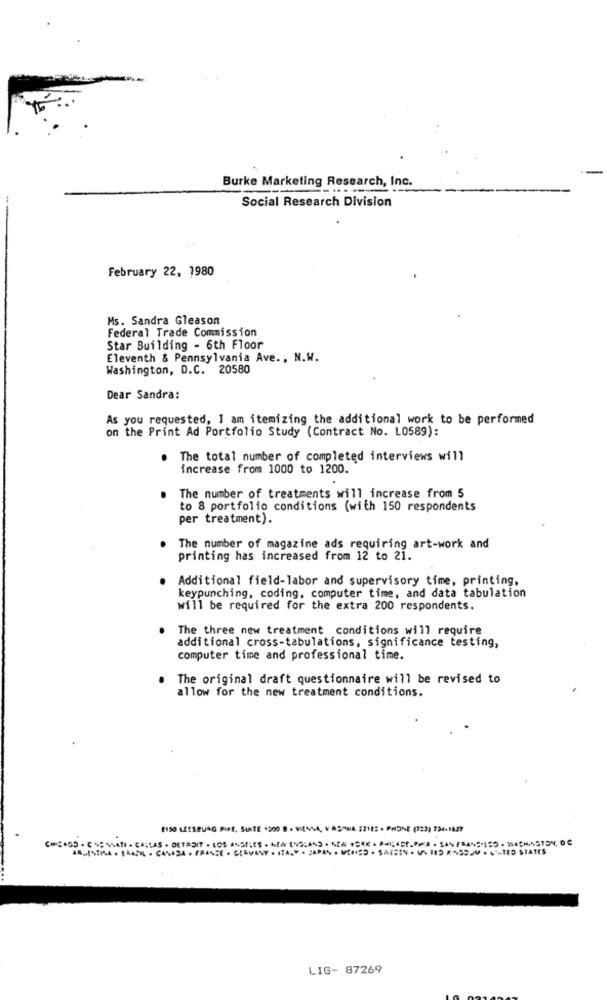
Burke Marketing Research, Inc.
Social Research Division
February 22, 1980
Ms. Sandra Gleason
Federal Trade Commission
Star Building - 6th Floor
Eleventh & Pennsylvania Ave ., N.W.
Washington, D.C. 20580
Dear Sandra:
As you requested, I am itemizing the additional work to be performed
on the Print Ad Portfolio Study (Contract No. L0589):
The total number of completed interviews will
increase from 1000 to 1200.
. The number of treatments will increase from 5
to 8 portfolio conditions (with 150 respondents
per treatment).
The number of magazine ads requiring art-work and
printing has increased from 12 to 21.
Additional field-labor and supervisory time, printing,
keypunching, coding, computer time, and data tabulation
will be required for the extra 200 respondents.
The three new treatment conditions will require
additional cross-tabulations, significance testing,
computer time and professional time.
The original draft questionnaire will be revised to
allow for the new treatment conditions.
CISO LEESBURG PIRE, SUITE 1900 8 . VIERNA, Y ASTNIA 221ES . PHONE (722) 734-1827
SANFRANSISSO - WASHINSTON, OC
7 119 ANSSJ .- TED STATES
LIG- 87269